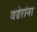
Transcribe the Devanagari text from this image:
वढेरांना